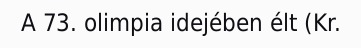
A 73. olimpia idejében élt (Kr.